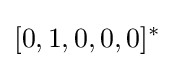
[0,1,0,0,0]^{*}